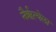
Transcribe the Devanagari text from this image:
नैरृत्येला